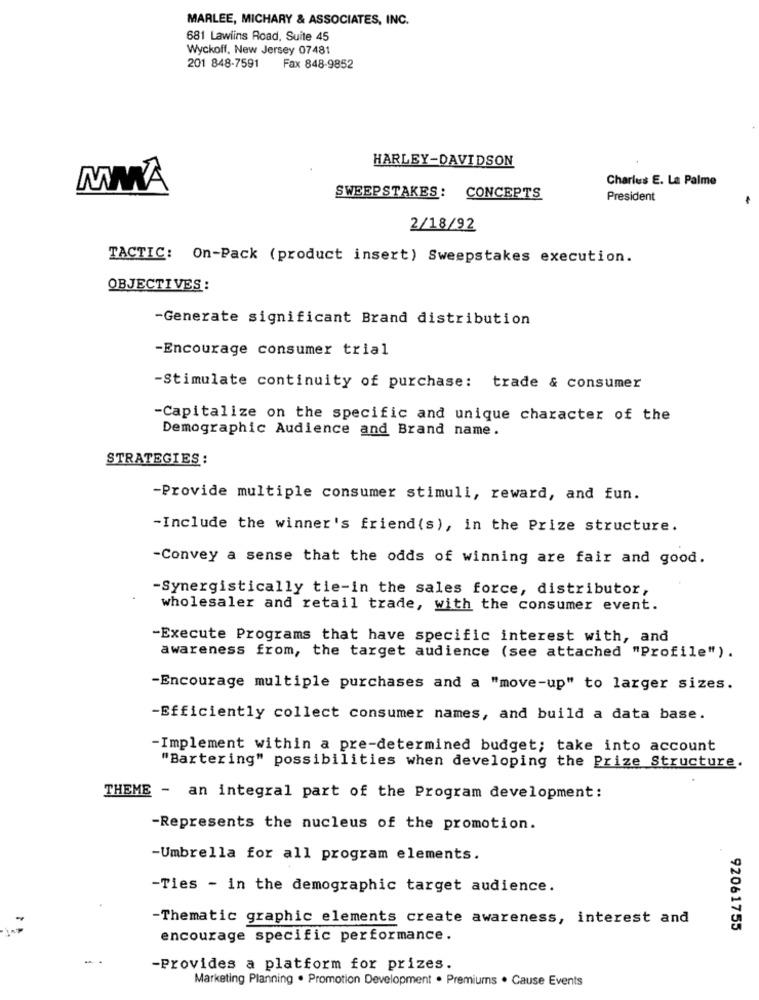
MARLEE, MICHARY & ASSOCIATES, INC.
681 Lawlins Road, Suite 45
Wyckoff, New Jersey 07481
201 848-7591 Fax 848-9852
HARLEY-DAVIDSON
Charles E. La Palme
MMA
SWEEPSTAKES: CONCEPTS
President
2/18/92
TACTIC: On-Pack (product insert) Sweepstakes execution.
OBJECTIVES :
-Generate significant Brand distribution
-Encourage consumer trial
-Stimulate continuity of purchase: trade & consumer
-Capitalize on the specific and unique character of the
Demographic Audience and Brand name.
STRATEGIES :
-Provide multiple consumer stimuli, reward, and fun.
-Include the winner's friend(s), in the Prize structure.
-Convey a sense that the odds of winning are fair and good.
-Synergistically tie-in the sales force, distributor,
wholesaler and retail trade, with the consumer event.
-Execute Programs that have specific interest with, and
awareness from, the target audience (see attached "Profile").
-Encourage multiple purchases and a "move-up" to larger sizes.
-Efficiently collect consumer names, and build a data base.
-Implement within a pre-determined budget; take into account
"Bartering" possibilities when developing the Prize Structure.
THEME - an integral part of the Program development:
-Represents the nucleus of the promotion.
-Umbrella for all program elements.
-Ties - in the demographic target audience.
-Thematic graphic elements create awareness, interest and
92061755
encourage specific performance.
-Provides a platform for prizes.
Marketing Planning . Promotion Development . Premiums . Cause Events